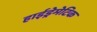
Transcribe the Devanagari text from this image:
हाईड्रेमेटिक